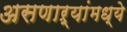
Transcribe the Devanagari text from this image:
असणाऱ्यांमध्ये